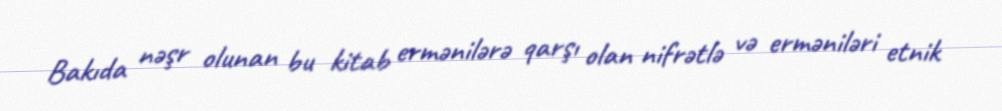
Bakıda nəşr olunan bu kitab ermənilərə qarşı olan nifrətlə və erməniləri etnik